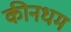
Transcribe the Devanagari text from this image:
कीनधम